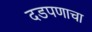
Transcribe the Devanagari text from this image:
दडपणाचा